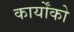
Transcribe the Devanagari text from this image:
कार्योंको